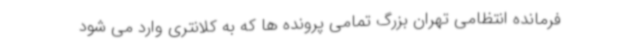
فرمانده انتظامی تهران بزرگ تمامی پرونده ها که به کلانتری وارد می شود